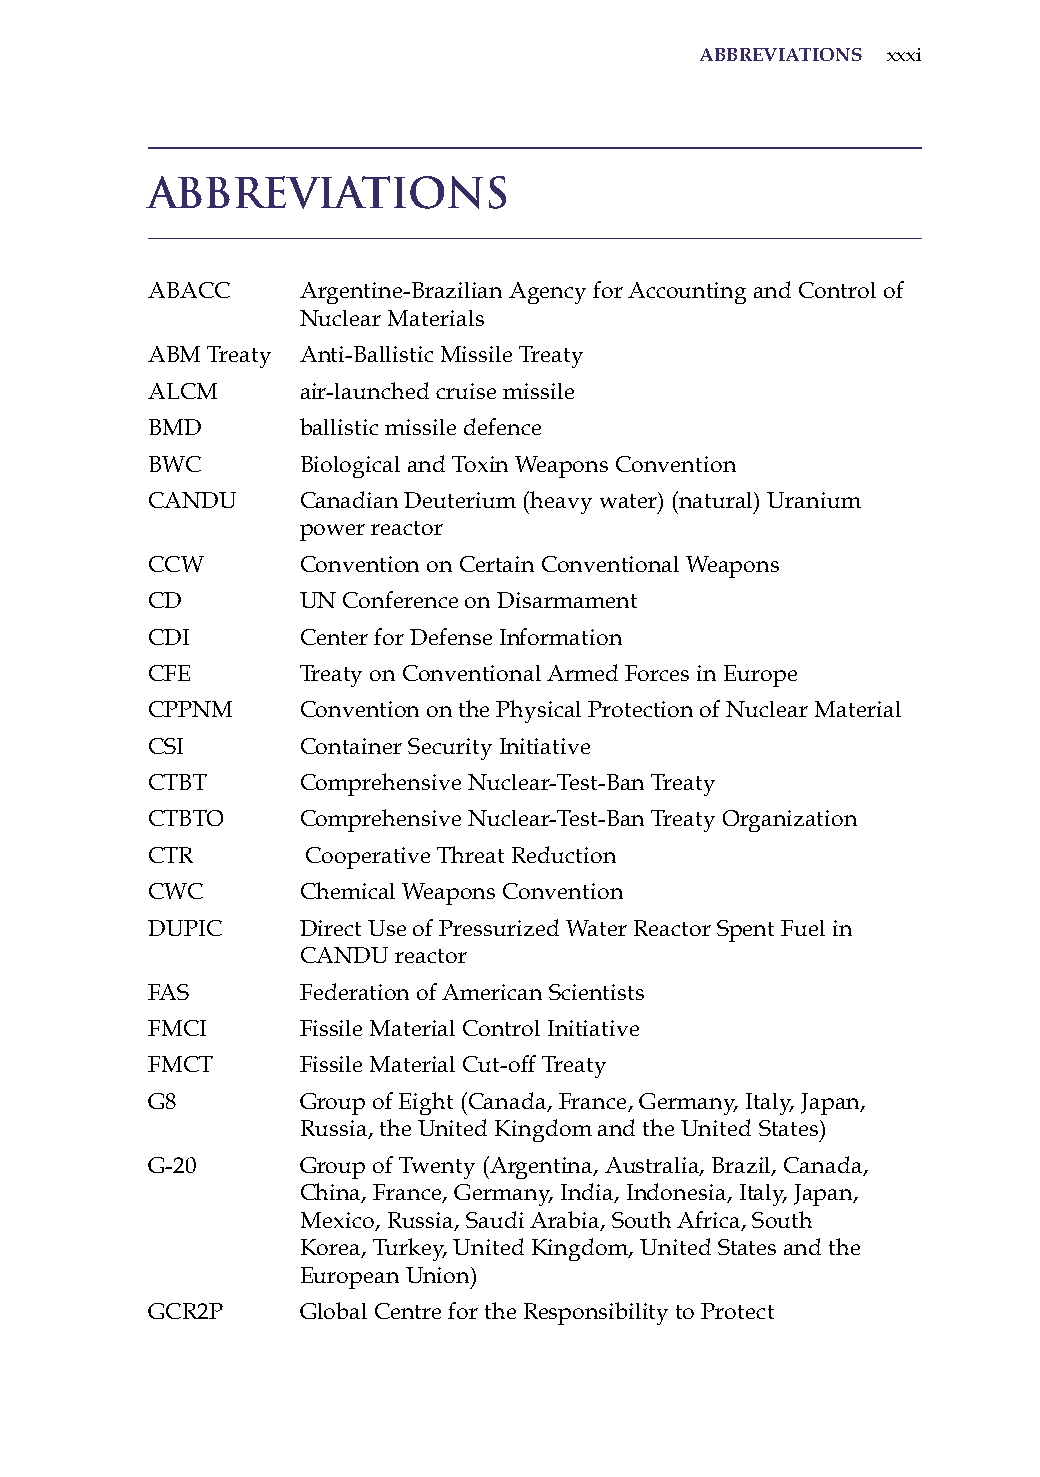
aBBreviations xxxi
 Abbreviations
 aBaCC     argentine-Brazilian agency for accounting and Control of
 Nuclear Materials
 aBM Treaty anti-Ballistic Missile Treaty
 aLCM      air-launched cruise missile
 BMD       ballistic missile defence
 BWC       Biological and Toxin Weapons Convention
 CaNDU     Canadian Deuterium (heavy water) (natural) Uranium
 power reactor
 CCW       Convention on Certain Conventional Weapons
 CD        UN Conference on Disarmament
 CDi       Center for Defense information
 CFE       Treaty on Conventional armed Forces in Europe
 CPPNM     Convention on the Physical Protection of Nuclear Material
 Csi       Container security initiative
 CTBT      Comprehensive Nuclear-Test-Ban Treaty
 CTBTo     Comprehensive Nuclear-Test-Ban Treaty organization
 CTr       Cooperative Threat reduction
 CWC       Chemical Weapons Convention
 DUPiC     Direct Use of Pressurized Water reactor spent Fuel in
 CaNDU reactor
 Fas       Federation of american scientists
 FMCi      Fissile Material Control initiative
 FMCT      Fissile Material Cut-off Treaty
 G8        Group of Eight (Canada, France, Germany, italy, Japan,
 russia, the United Kingdom and the United states)
 G-20      Group of Twenty (argentina, australia, Brazil, Canada,
 China, France, Germany, india, indonesia, italy, Japan,
 Mexico, russia, saudi arabia, south africa, south
 Korea, Turkey, United Kingdom, United states and the
 European Union)
 GCr2P     Global Centre for the responsibility to Protect